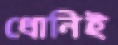
ধোনিই